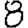
Digit: 8